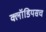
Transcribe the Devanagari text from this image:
क्लॉडियसच